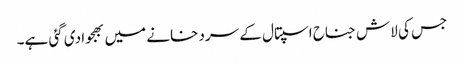
جس کی لاش جناح اسپتال کے سرد خانے میں بھجوا دی گئی ہے۔